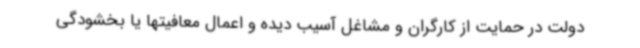
دولت در حمایت از کارگران و مشاغل آسیب دیده و اعمال معافیتها یا بخشودگی